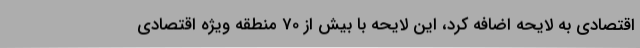
اقتصادی به لایحه اضافه کرد، این لایحه با بیش از 70 منطقه ویژه اقتصادی